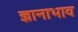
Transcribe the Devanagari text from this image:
ज्ञानाभाव